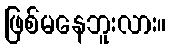
ဖြစ်မနေဘူးလား။